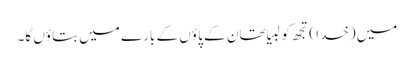
میں (خدا ) تجھ کو لبیا تھان کے پا ؤں کے بارے میں بتاؤں گا۔